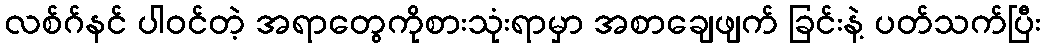
လစ်ဂ်နင် ပါဝင်တဲ့ အရာတွေကိုစားသုံးရာမှာ အစာချေဖျက် ခြင်းနဲ့ ပတ်သက်ပြီး